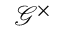
{ \mathcal { G } } ^ { \times }